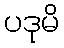
ပဒုမိ